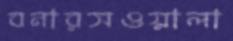
বনারসওয়ালা